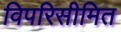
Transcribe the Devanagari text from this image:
विपरिसीमित